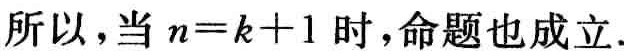
所以，当 \(n = k + 1\) 时，命题也成立.